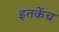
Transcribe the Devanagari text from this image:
इतकेंच